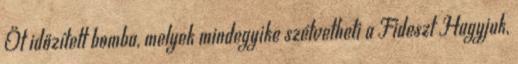
Öt időzített bomba, melyek mindegyike szétvetheti a Fideszt Hagyjuk,